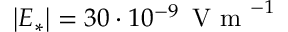
\left| \boldsymbol E _ { * } \right| = 3 0 \cdot 1 0 ^ { - 9 } \, \mathrm { ~ V ~ m ~ } ^ { - 1 }